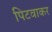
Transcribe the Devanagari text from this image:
पिटवाकर